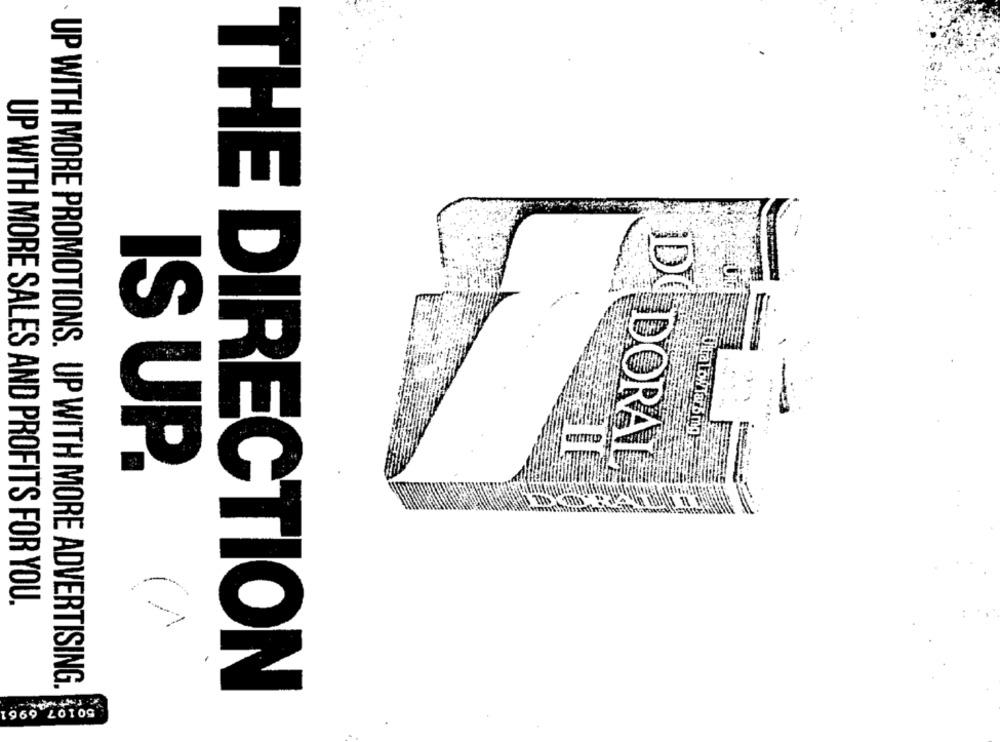
Ultra Low Tar 5 mg
DORAL
IS UP.
UP WITH MORE SALES AND PROFITS FOR YOU.
UP WITH MORE PROMOTIONS. UP WITH MORE ADVERTISING.
THE DIRECTION
1969 LOTOS